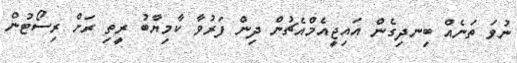
ނުވަ ތަނެއް ބިނދިގެން އައިޖީއެމްއެޗުން ދިން ފަރުވާ ކާމިޔާބު ރީތި ރަށް ރިސޯޓުން